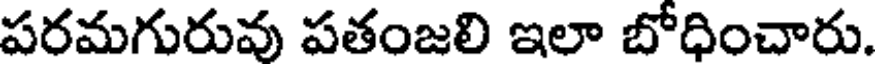
పరమగురువు పతంజలి ఇలా బోధించారు.